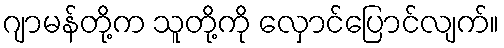
ဂျာမန်တို့က သူတို့ကို လှောင်ပြောင်လျက်။